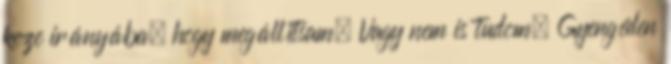
keze irányába, hogy megállítsam. Vagy nem is tudom. Gyengéden